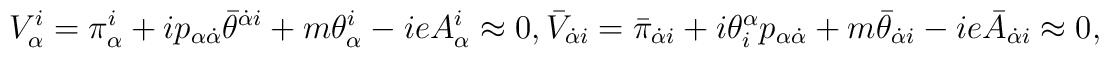
{\displaystyle V^i_{\alpha}=\pi^i_{\alpha}+ip_{\alpha\dot\alpha}\bar\theta^{\dot\alpha i}+m\theta^i_{\alpha}-ieA^i_{\alpha}\approx0,\bar V_{\dot\alpha i}=\bar\pi_{\dot\alpha i}+i\theta^{\alpha}_ip_{\alpha\dot\alpha}+m\bar\theta_{\dot\alpha i}-ie\bar A_{\dot\alpha i}\approx0,}